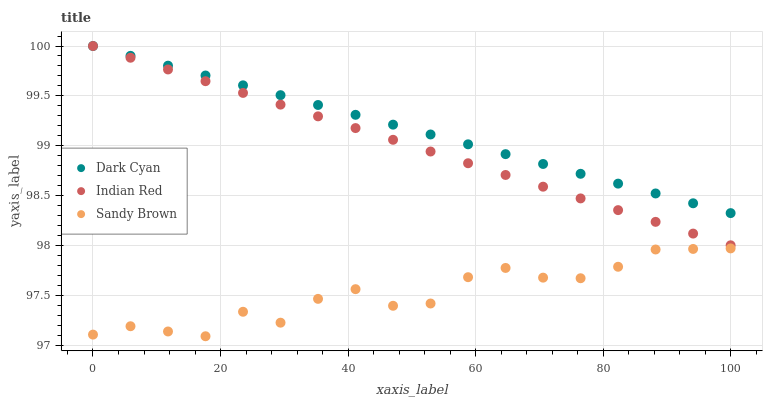
| xaxis_label | Dark Cyan | Indian Red | Sandy Brown |
 | --- | --- | --- | --- |
 | 0 | 100 | 100 | 97.1 |
 | 5.88 | 99.9 | 99.9 | 97.2 |
 | 11.8 | 99.8 | 99.8 | 97.1 |
 | 17.6 | 99.7 | 99.6 | 97.1 |
 | 23.5 | 99.6 | 99.5 | 97.3 |
 | 29.4 | 99.5 | 99.4 | 97.2 |
 | 35.3 | 99.4 | 99.3 | 97.5 |
 | 41.2 | 99.3 | 99.2 | 97.6 |
 | 47.1 | 99.2 | 99.1 | 97.4 |
 | 52.9 | 99.1 | 98.9 | 97.4 |
 | 58.8 | 99 | 98.8 | 97.7 |
 | 64.7 | 98.9 | 98.7 | 97.8 |
 | 70.6 | 98.8 | 98.6 | 97.7 |
 | 76.5 | 98.7 | 98.5 | 97.7 |
 | 82.4 | 98.6 | 98.4 | 97.8 |
 | 88.2 | 98.5 | 98.2 | 98 |
 | 94.1 | 98.4 | 98.1 | 98 |
 | 100 | 98.3 | 98 | 98 |